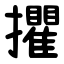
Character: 㩴